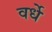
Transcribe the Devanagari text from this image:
वर्धे